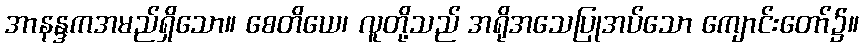
အာနန္ဒကအမည်ရှိသော။ စေတိယေ၊ လူတို့သည် အရိုအသေပြုအပ်သော ကျောင်းတော်၌။